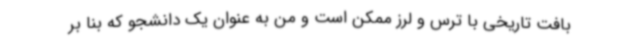
بافت تاریخی با ترس و لرز ممکن است و من به عنوان یک دانشجو که بنا بر